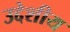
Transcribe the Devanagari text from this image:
उद्देशीय